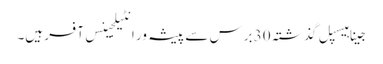
جینا ہیسپل گذشتہ 30 برس سے پیشہ ور انٹیلجینس آفسر ہیں۔